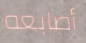
أصابعه